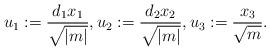
LaTeX: \begin{align*} u_1:=\frac{d_1x_1}{\sqrt{|m|}}, u_2:=\frac{d_2x_2}{\sqrt{|m|}}, u_3:=\frac{x_3}{\sqrt{m}}.\end{align*}